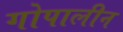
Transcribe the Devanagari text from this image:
गोपालीन